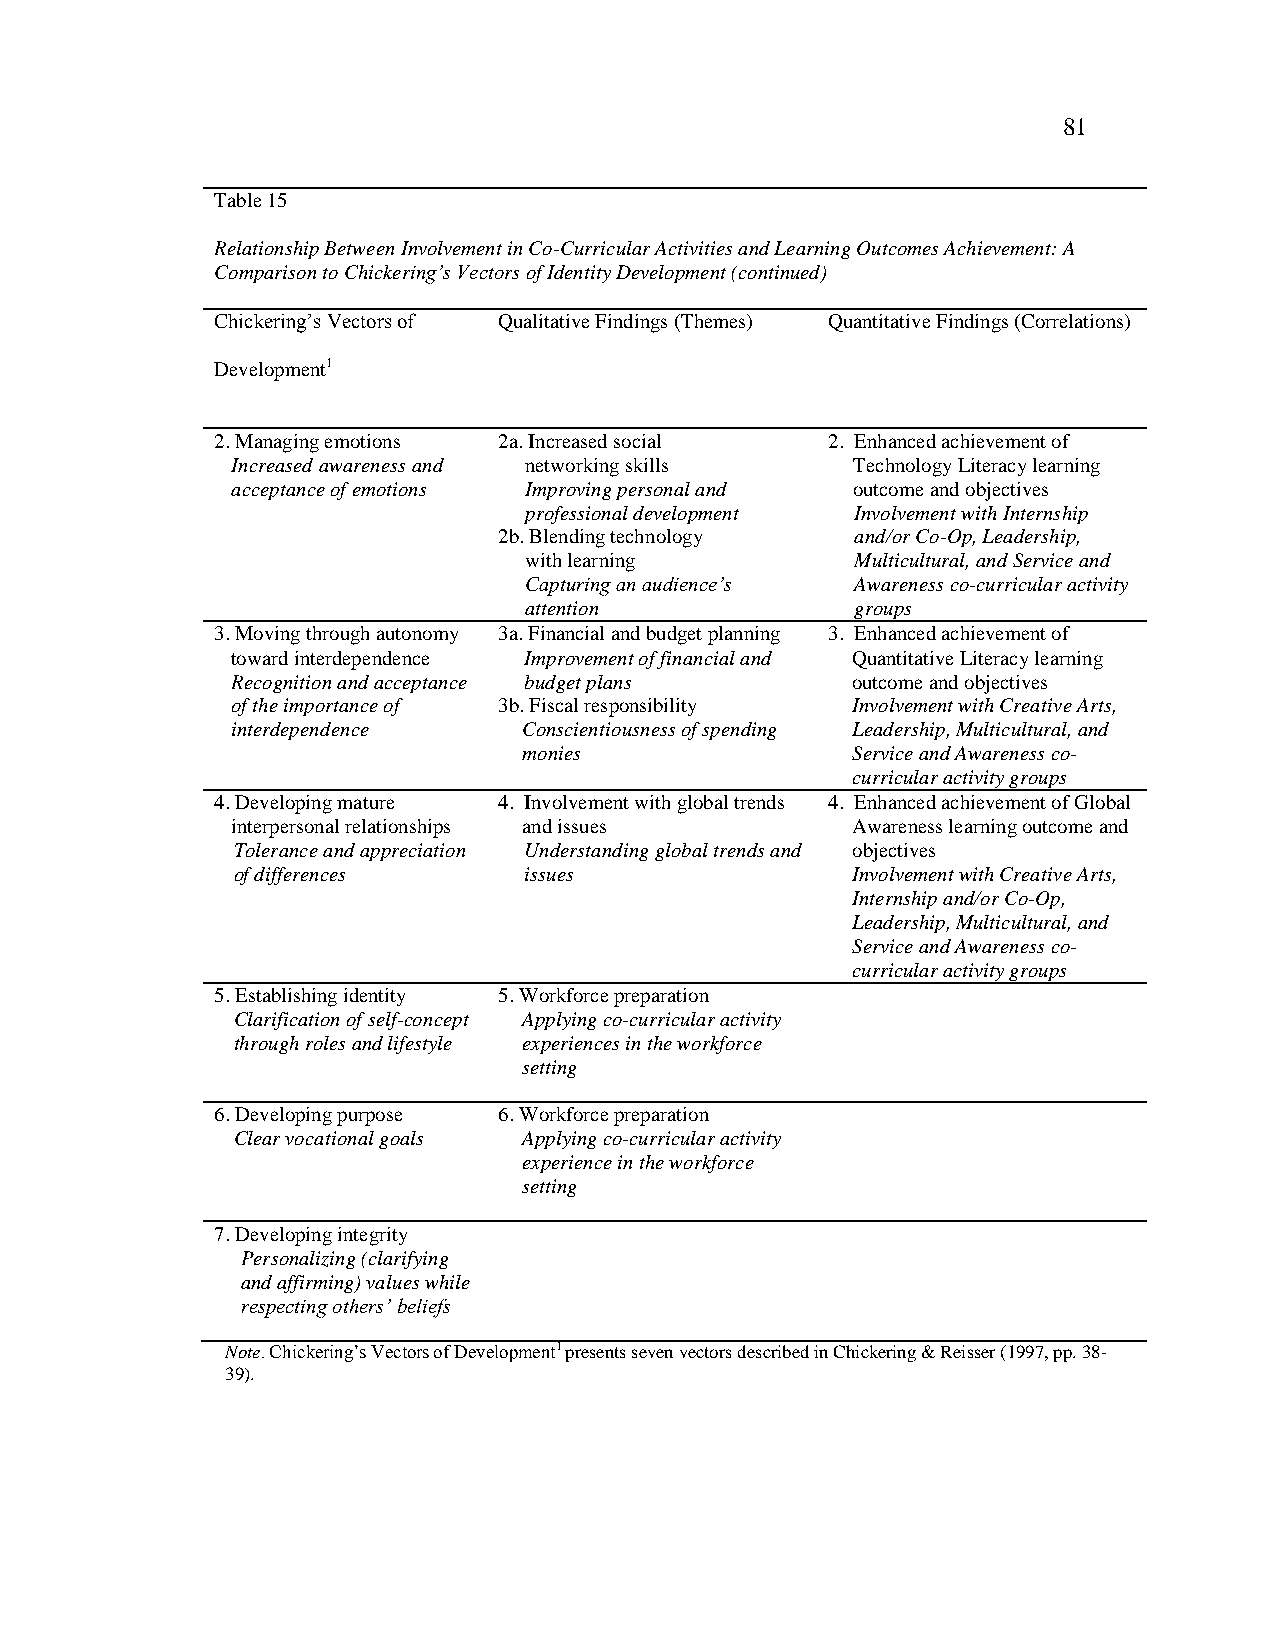
81
 Table 15
 Relationship Between Involvement in Co-Curricular Activities and Learning Outcomes Achievement: A
 Comparison to Chickering’s Vectors of Identity Development (continued)
 Chickering‘s Vectors of Qualitative Findings (Themes) Quantitative Findings (Correlations)
 Development1
 2. Managing emotions 2a. Increased social 2. Enhanced achievement of
 Increased awareness and networking skills Technology Literacy learning
 acceptance of emotions Improving personal and outcome and objectives
 professional development Involvement with Internship
 2b. Blending technology and/or Co-Op, Leadership,
 with learning         Multicultural, and Service and
 Capturing an audience’s Awareness co-curricular activity
 attention             groups
 3. Moving through autonomy 3a. Financial and budget planning 3. Enhanced achievement of
 toward interdependence Improvement of financial and Quantitative Literacy learning
 Recognition and acceptance budget plans  outcome and objectives
 of the importance of 3b. Fiscal responsibility Involvement with Creative Arts,
 interdependence     Conscientiousness of spending Leadership, Multicultural, and
 monies               Service and Awareness co-
 curricular activity groups
 4. Developing mature 4. Involvement with global trends 4. Enhanced achievement of Global
 interpersonal relationships and issues   Awareness learning outcome and
 Tolerance and appreciation Understanding global trends and objectives
 of differences      issues               Involvement with Creative Arts,
 Internship and/or Co-Op,
 Leadership, Multicultural, and
 Service and Awareness co-
 curricular activity groups
 5. Establishing identity 5. Workforce preparation
 Clarification of self-concept Applying co-curricular activity
 through roles and lifestyle experiences in the workforce
 setting
 6. Developing purpose 6. Workforce preparation
 Clear vocational goals Applying co-curricular activity
 experience in the workforce
 setting
 7. Developing integrity
 Personalizing (clarifying
 and affirming) values while
 respecting others’ beliefs
 Note. Chickering‘s Vectors of Development1 presents seven vectors described in Chickering & Reisser (1997, pp. 38-
 39).